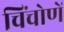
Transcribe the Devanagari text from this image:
चिंचोणें